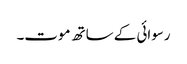
رسوائی کے ساتھ موت۔